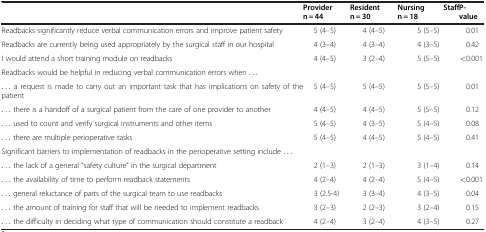
<table><thead><tr><td><b> </b></td><td><b>Provider n = 44</b></td><td><b>Resident n = 30</b></td><td><b>Nursing Staff n = 18</b></td><td><b>P-value</b></td></tr></thead><tbody><tr><td>Readbacks significantly reduce verbal communication errors and improve patient safety</td><td>5 (4–5)</td><td>4 (4–5)</td><td>5 (5–5)</td><td>0.01</td></tr><tr><td>Readbacks are currently being used appropriately by the surgical staff in our hospital</td><td>4 (3–4)</td><td>4 (3–4)</td><td>4 (3–5)</td><td>0.42</td></tr><tr><td>I would attend a short training module on readbacks</td><td>4 (4–5)</td><td>3 (2–4)</td><td>5 (5–5)</td><td>&lt;0.001</td></tr><tr><td colspan="5">Readbacks would be helpful in reducing verbal communication errors when ...</td></tr><tr><td>... a request is made to carry out an important task that has implications on safety of the patient</td><td>5 (4–5)</td><td>5 (4–5)</td><td>5 (5–5)</td><td>0.01</td></tr><tr><td>... there is a handoff of a surgical patient from the care of one provider to another</td><td>4 (4–5)</td><td>4 (4–5)</td><td>5 (5–5)</td><td>0.12</td></tr><tr><td>... used to count and verify surgical instruments and other items</td><td>5 (4–5)</td><td>4 (3–5)</td><td>5 (4–5)</td><td>0.08</td></tr><tr><td>... there are multiple perioperative tasks</td><td>5 (4–5)</td><td>4 (4–5)</td><td>5 (4–5)</td><td>0.41</td></tr><tr><td colspan="5">Significant barriers to implementation of readbacks in the perioperative setting include ...</td></tr><tr><td>... the lack of a general “safety culture” in the surgical department</td><td>2 (1–3)</td><td>2 (1–3)</td><td>3 (1–4)</td><td>0.14</td></tr><tr><td>... the availability of time to perform readback statements</td><td>4 (2–4)</td><td>4 (2–4)</td><td>5 (4–5)</td><td>&lt;0.001</td></tr><tr><td>... general reluctance of parts of the surgical team to use readbacks</td><td>3 (2.5-4)</td><td>3 (3–4)</td><td>4 (3–5)</td><td>0.04</td></tr><tr><td>... the amount of training for staff that will be needed to implement readbacks</td><td>3 (2–3)</td><td>2 (2–3)</td><td>3 (2–4)</td><td>0.15</td></tr><tr><td>... the difficulty in deciding what type of communication should constitute a readback</td><td>4 (2–4)</td><td>3 (2–4)</td><td>4 (3–5)</td><td>0.27</td></tr></tbody></table>